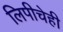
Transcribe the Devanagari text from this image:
लिपीचेही